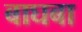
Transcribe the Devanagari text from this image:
बाघबा